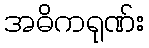
အဓိကရုဏ်း